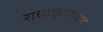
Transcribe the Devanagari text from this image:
राधाकृष्णवाद